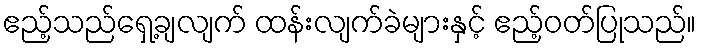
ဧည့်သည်ရှေ့ချလျက် ထန်းလျက်ခဲများနှင့် ဧည့်ဝတ်ပြုသည်။